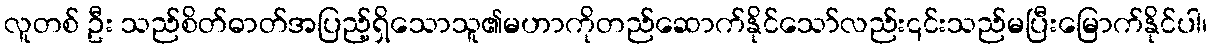
လူတစ် ဦး သည်စိတ်ဓာတ်အပြည့်ရှိသောသူ၏မဟာကိုတည်ဆောက်နိုင်သော်လည်း၎င်းသည်မပြီးမြောက်နိုင်ပါ၊